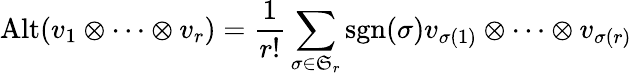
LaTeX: \operatorname{Alt}(v_{1}\otimes\cdots\otimes v_{r})={\frac{1}{r!}}\sum_{\sigma\in{\mathfrak{S}}_{r}}\operatorname{sgn}(\sigma)v_{\sigma(1)}\otimes\cdots\otimes v_{\sigma(r)}